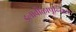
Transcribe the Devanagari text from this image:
इलावीऴापून्चिरा